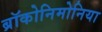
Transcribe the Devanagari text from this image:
ब्रॉकोनिमोनिया